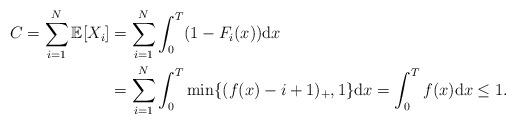
LaTeX: \begin{align*}C= \sum_{i=1}^N \mathbb{E}[X_i]&= \sum_{i=1}^N \int_0^T (1-F_i(x))\mathrm{d} x \\&= \sum_{i=1}^N \int_0^T \min\{(f(x)-i+1)_+, 1\} \mathrm{d} x=\int_0^T f (x) \mathrm{d} x \leq 1. \end{align*}